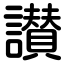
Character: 讃